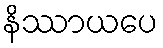
နိဿာယပေ